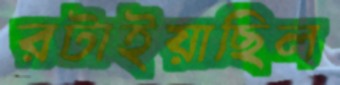
রটাইয়াছিল